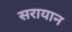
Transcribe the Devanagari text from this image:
सरायान